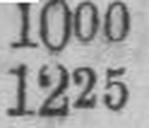
1225